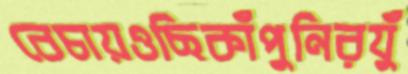
বেচায়ওছিকাঁপুনিরযুঁ